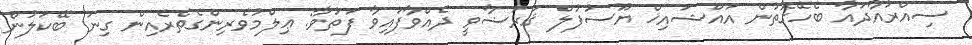
ސިއްރުއާދައާ ބެހޭގޮތުން އައްޝައިޚް ޔޫސުފުލް ޤަރަޟާވީ ދެއްވާފައިވާ ފަތުވާ: ޢިލްމުވެރިންގެތެރެއިން ގިނަ ބޭކަލުން